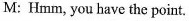
M: Hmm, you have the point.